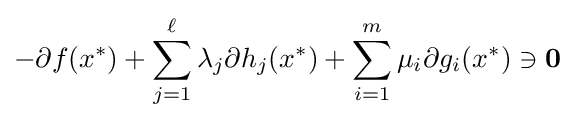
-\partial f(x^{*})+\sum _{j=1}^{\ell }\lambda _{j}\partial h_{j}(x^{*})+\sum _{i=1}^{m}\mu _{i}\partial g_{i}(x^{*})\ni \mathbf {0}